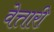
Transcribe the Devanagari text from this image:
वेत्तारी